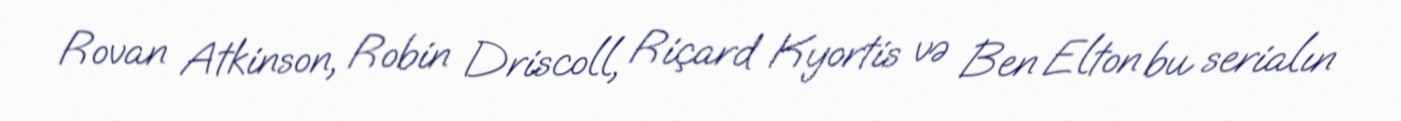
Rovan Atkinson, Robin Driscoll, Riçard Kyortis və Ben Elton bu serialın